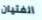
الفتيان